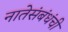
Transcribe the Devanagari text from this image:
नातेसंबंधंची